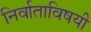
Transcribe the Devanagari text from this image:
निर्वाताविषयी